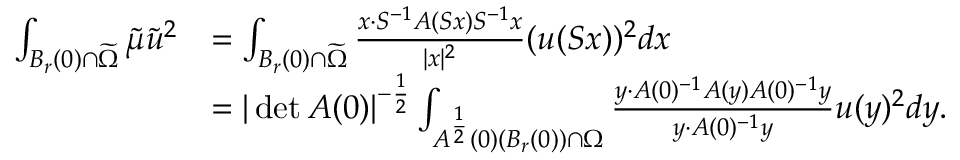
\begin{array} { r l } { \int _ { B _ { r } ( 0 ) \cap \widetilde { \Omega } } \tilde { \mu } \tilde { u } ^ { 2 } } & { = \int _ { B _ { r } ( 0 ) \cap \widetilde { \Omega } } \frac { x \cdot S ^ { - 1 } A ( S x ) S ^ { - 1 } x } { | x | ^ { 2 } } ( u ( S x ) ) ^ { 2 } d x } \\ & { = | \operatorname* { d e t } A ( 0 ) | ^ { - \frac 1 2 } \int _ { A ^ { \frac 1 2 } ( 0 ) ( B _ { r } ( 0 ) ) \cap { \Omega } } \frac { y \cdot A ( 0 ) ^ { - 1 } A ( y ) A ( 0 ) ^ { - 1 } y } { y \cdot A ( 0 ) ^ { - 1 } y } u ( y ) ^ { 2 } d y . } \end{array}